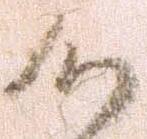
候